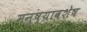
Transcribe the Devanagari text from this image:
मनुष्यावशेष